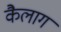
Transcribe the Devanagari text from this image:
कैलाग